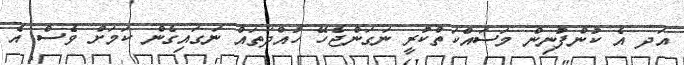
އަދ އެ ކުންފުނިން މަސައްކަތްކުރީ ނަގަންޖެހޭ ހުއްދަތައް ނަގައިގެން ކަމަށް ވެސް އެ